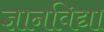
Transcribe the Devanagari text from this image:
ज्ञानविद्या